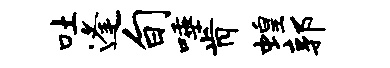
吐逢旬唾肯蝗郭